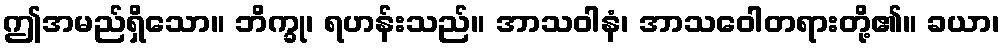
ဤအမည်ရှိသော။ ဘိက္ခု၊ ရဟန်းသည်။ အာသဝါနံ၊ အာသဝေါတရားတို့၏။ ခယာ၊